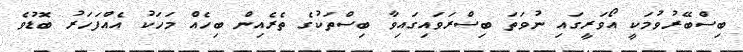
ބިސްބޭރުވުމަކީ އޯވަރީގައި ނުވަތަ ބިސްރަވައިގައިވާ ބިސްތަކުގެ ތެރެއިން ބިހެއް މަހަކު އެއްފަހަރު ބޮޑުވެ